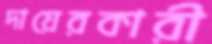
দায়েরকারী